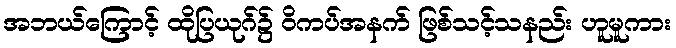
အဘယ်ကြောင့် ထိုပြယုဂ်၌ ဝိကပ်အနက် ဖြစ်သင့်သနည်း ဟူမူကား